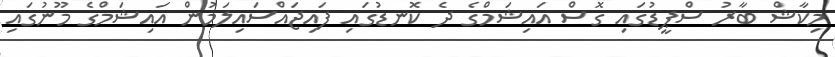
މިކާޝް ބާރު ސްޕީޑުގައި ގޮސް އައިޝަމްގެ ދެ ކޮނޑުގައި ފައިޖައްސައިލަމުން އައިޝަމްގެ މޫނުގައި